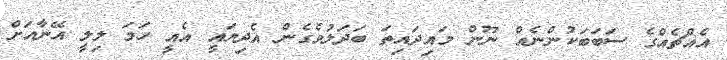
އެއްޗެއްގެ ސަބަބަކުންނެއް ނޫން މައިދައިތަ ބަދަލުވެގެން އެދިޔައީ އެއީ ހަމަ ލިލީ އޭނާއަށް